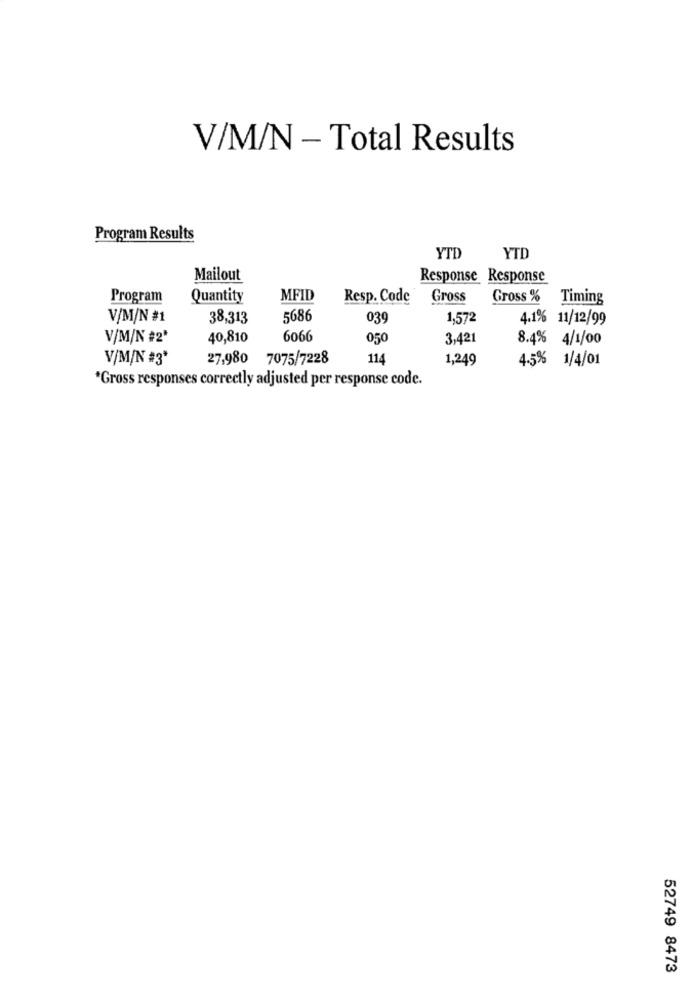
V/M/N - Total Results
Program Results
YTD
YTD
Mailout
Response Response
Program
Quantity
MFID
Resp. Code
Gross
Gross % Timing
V/M/N #1
38,313
5686
039
1,572
4.1% 11/12/99
V/M/N #2*
40,810
6066
050
3,421
8.4% 4/1/00
V/M/N #3*
27,980 7075/7228
114
1,249
4.5% 1/4/01
"Gross responses correctly adjusted per response code.
52749 8473